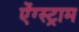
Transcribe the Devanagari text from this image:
ऐंग्स्ट्राम